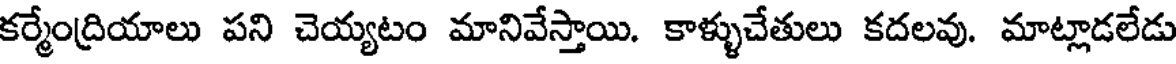
కర్మేంద్రియాలు పని చెయ్యటం మానివేస్తాయి. కాళ్ళుచేతులు కదలవు. మాట్లాడలేడు